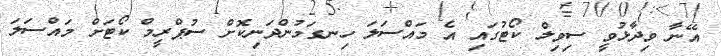
އޭނާ ވިދާޅުވީ ސިވިލް ކޯޓުގައި އެ މައްސަލަ ހިނގަމުންދަނިކޮށް ސުޕްރީމް ކޯޓަށް މައްސަލަ